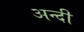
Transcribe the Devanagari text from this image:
अन्दी